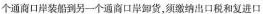
个通商口岸装船到另一个通商口岸卸货，须缴纳出口税和复进口